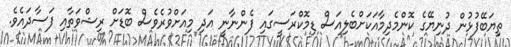
ތިޔަބޭފުޅުން ދުނިޔޭގެ ކޮންމެދިމާއަކަށްބެލިއަސް ޑިމޮކްރަސީގައި ފެންނާނީ އަދި މިއަށްވުރެވެސް ބޮޑަށް ރިޝްވަތާއި ފަސާދައެވެ.